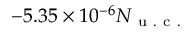
- 5 . 3 5 \times 1 0 ^ { - 6 } N _ { \mathrm { ~ u ~ . ~ c ~ . ~ } }